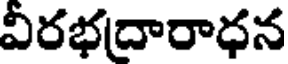
వీరభదారాధన